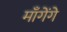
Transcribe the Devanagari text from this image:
माँगेंगे